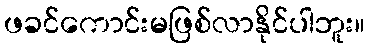
ဖခင်ကောင်းမဖြစ်လာနိုင်ပါဘူး။